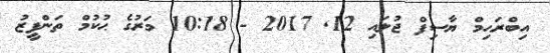
އިބްރަޙިމް ޔާސިފް ޖުލައި 12